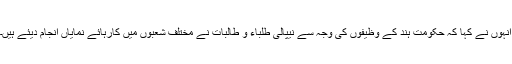
انہوں نے کہا کہ حکومت ہند کے وظیفوں کی وجہ سے نیپالی طلباء و طالبات نے مختلف شعبوں میں کارہائے نمایاں انجام دیئے ہیں۔